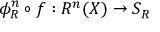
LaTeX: \phi _ { R } ^ { n } \circ f : R ^ { n } ( X ) \rightarrow S _ { R }